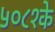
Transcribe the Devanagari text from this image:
५०८१के